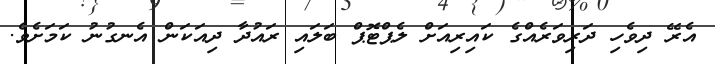
އެރޭ ދިވެހި ދަރިވަރެއްގެ ކައިރިއަށް ލެޕްޓޮޕް ބަލައި ރައުދާ ދިއަކަން އެނގުނު ކަމަށެވެ.